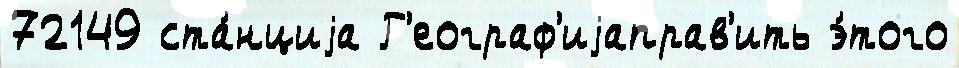
72149 ста́нциjа Г'еограф'иjаправ'ить э́того